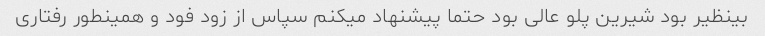
بینظیر بود شیرین پلو عالی بود حتما پیشنهاد میکنم سپاس از زود فود و همینطور رفتاری